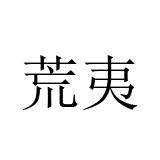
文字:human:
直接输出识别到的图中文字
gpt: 荒夷